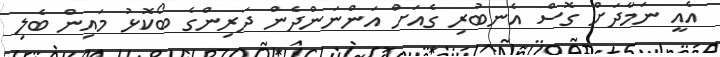
އެއީ ނަމާދަށް ގޮސް އެނބުރި ގެއަށް އަންނަންދެން ދަރިންގެ ބޯކޮޅު މައިން ބެލި